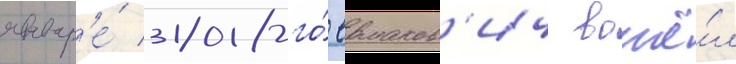
январ'е́ 2018-го́ ермаков'ич вошё́л